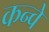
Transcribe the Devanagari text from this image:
कन्वे